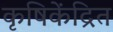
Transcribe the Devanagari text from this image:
कृषिकेंद्रित